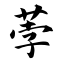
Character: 荸